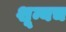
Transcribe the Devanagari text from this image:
शून्यच